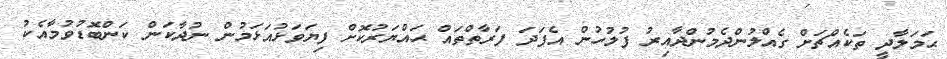
ޙަމަލާދީ ތަކެއްޗަށް ގެއްލުންދެމުންދާއިރު ފުލުހުން އެފަދަ ފަރާތްތައް ޙައްޔަރުކޮށް ފިޔަވަޅުއަޅަމުން ނުދާކަން ކަންބޮޑުވުމާއެކު